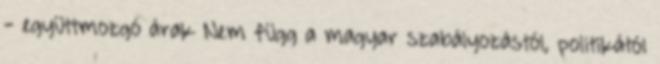
- együttmozgó árak Nem függ a magyar szabályozástól, politikától